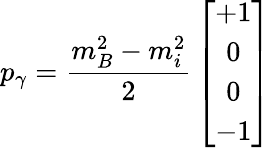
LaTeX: p_{\gamma}={\frac{m_{B}^{2}-m_{i}^{2}}{2}}\left[\begin{array}{c}{{+1}}\\ {{0}}\\ {{0}}\\ {{-1}}\end{array}\right]